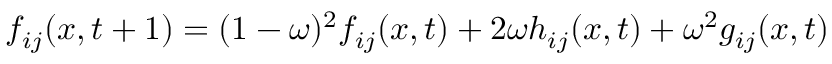
f _ { i j } ( x , t + 1 ) = ( 1 - \omega ) ^ { 2 } f _ { i j } ( x , t ) + 2 \omega h _ { i j } ( x , t ) + \omega ^ { 2 } g _ { i j } ( x , t )